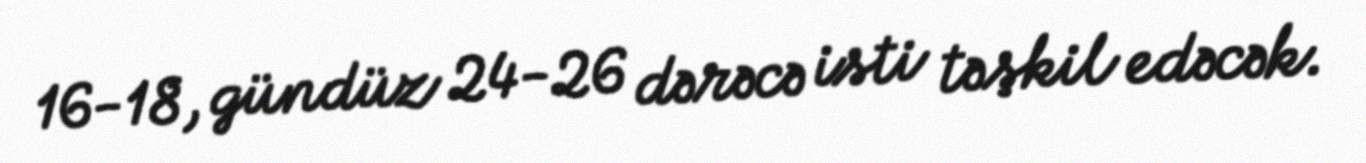
16-18, gündüz 24-26 dərəcə isti təşkil edəcək.